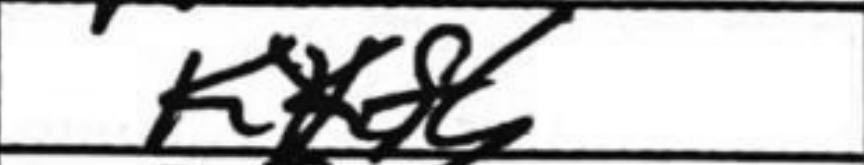
Transcription: Kxf6